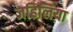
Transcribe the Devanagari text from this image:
जहिलिया